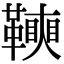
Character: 𩍟